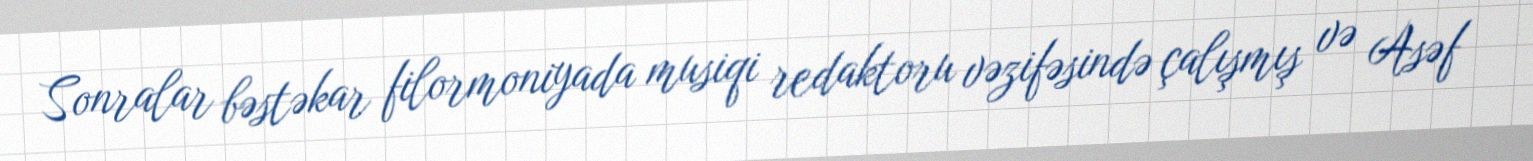
Sonralar bəstəkar filormoniyada musiqi redaktoru vəzifəsində çalışmış və Asəf